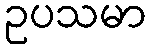
ဥပသမာ